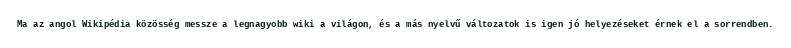
Ma az angol Wikipédia közösség messze a legnagyobb wiki a világon, és a más nyelvű változatok is igen jó helyezéseket érnek el a sorrendben.